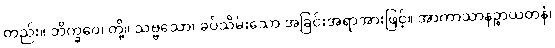
တည်း။ ဘိက္ခဝေ၊ တို့။ သဗ္ဗသော၊ ခပ်သိမ်းသော အခြင်းအရာအားဖြင့်။ အာကာသာနဉ္စာယတနံ၊